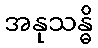
အနုသန္ဓိ